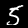
Label: 5